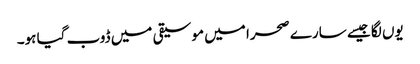
یوں لگا جیسے سارے صحرا میں موسیقی میں ڈوب گیا ہو۔